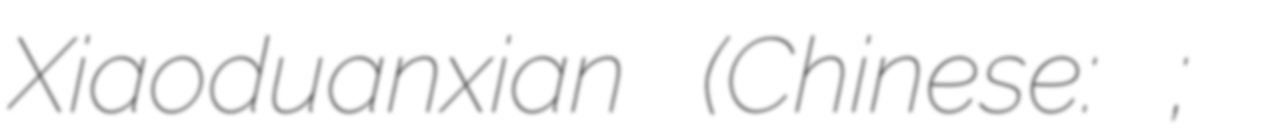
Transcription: Xiaoduanxian (Chinese: 孝端顯皇后;